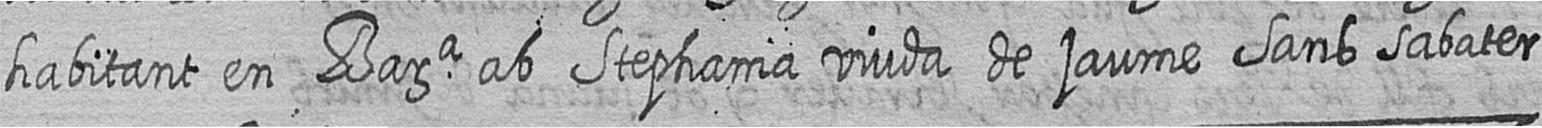
habitant en Bara ab Stephania viuda de jaume Sans sabater